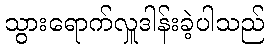
သွားရောက်လှူဒါန်းခဲ့ပါသည်